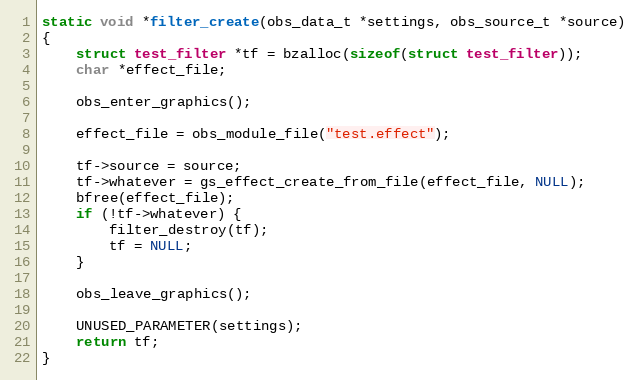
Language: C
static void *filter_create(obs_data_t *settings, obs_source_t *source)
{
	struct test_filter *tf = bzalloc(sizeof(struct test_filter));
	char *effect_file;

	obs_enter_graphics();

	effect_file = obs_module_file("test.effect");

	tf->source = source;
	tf->whatever = gs_effect_create_from_file(effect_file, NULL);
	bfree(effect_file);
	if (!tf->whatever) {
		filter_destroy(tf);
		tf = NULL;
	}

	obs_leave_graphics();

	UNUSED_PARAMETER(settings);
	return tf;
}